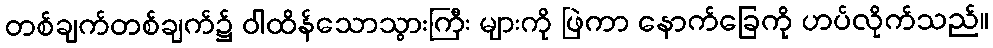
တစ်ချက်တစ်ချက်၌ ဝါထိန်သောသွားကြီး များကို ဖြဲကာ နောက်ခြေကို ဟပ်လိုက်သည်။